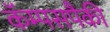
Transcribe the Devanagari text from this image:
कॅम्पसपैकी